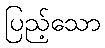
ပြည့်သော